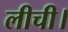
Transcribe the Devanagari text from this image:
लीची।